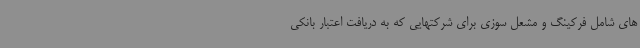
های شامل فرکینگ و مشعل سوزی برای شرکتهایی که به دریافت اعتبار بانکی